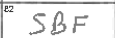
Transcription: SBF